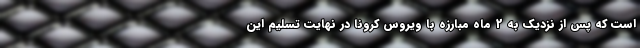
است که پس از نزدیک به 2 ماه مبارزه با ویروس کرونا در نهایت تسلیم این